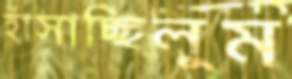
হাঁসাচ্ছিলুম